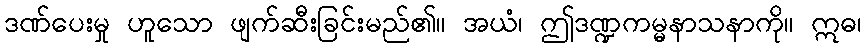
ဒဏ်ပေးမှု ဟူသော ဖျက်ဆီးခြင်းမည်၏။ အယံ၊ ဤဒဏ္ဍကမ္မနာသနာကို။ ဣဓ၊